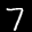
Label: 7